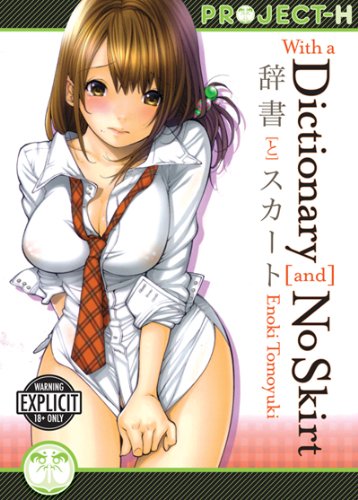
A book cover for With a Dictionary and No Skirt; Enoki Tomoyuki; Comics & Graphic Novels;